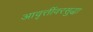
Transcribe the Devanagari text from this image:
आवृत्तींवरसुद्धा